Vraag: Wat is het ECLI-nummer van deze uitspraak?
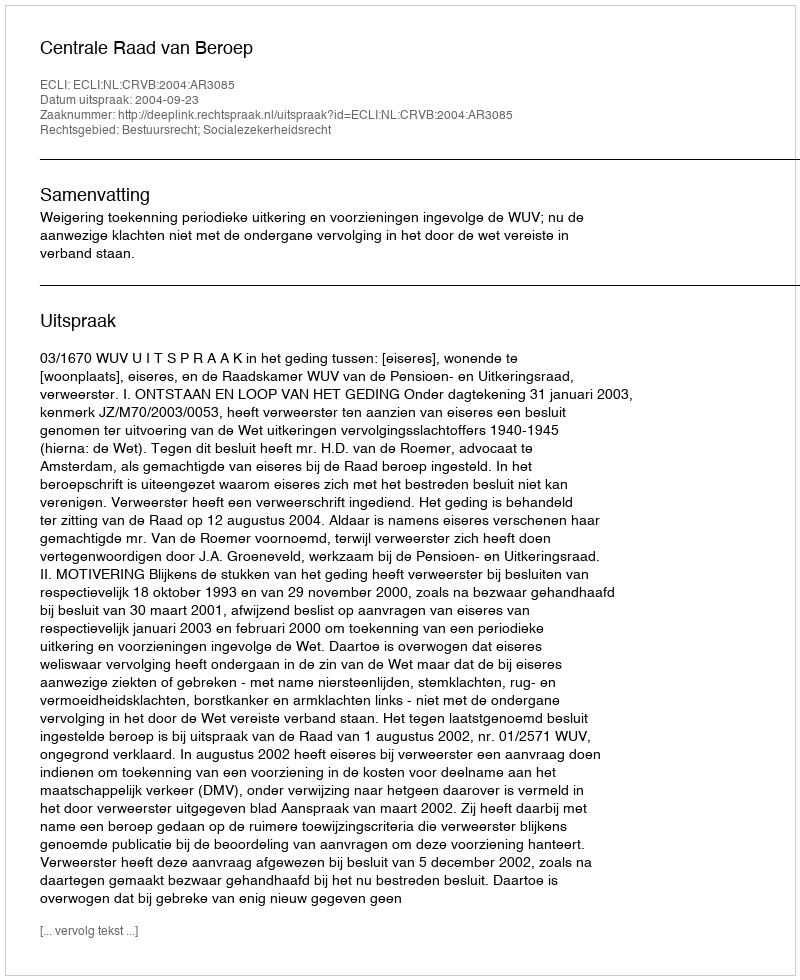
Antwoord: ECLI:NL:CRVB:2004:AR3085